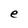
Character: e